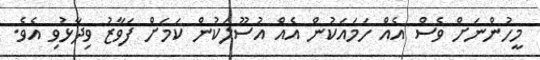
މީހުންނަށް ވެސް އެއް ހަމައަކުން އެއް އުސޫލަކުން ކަމަށް ފަވާޒު ވިދާޅުވި އެވެ.